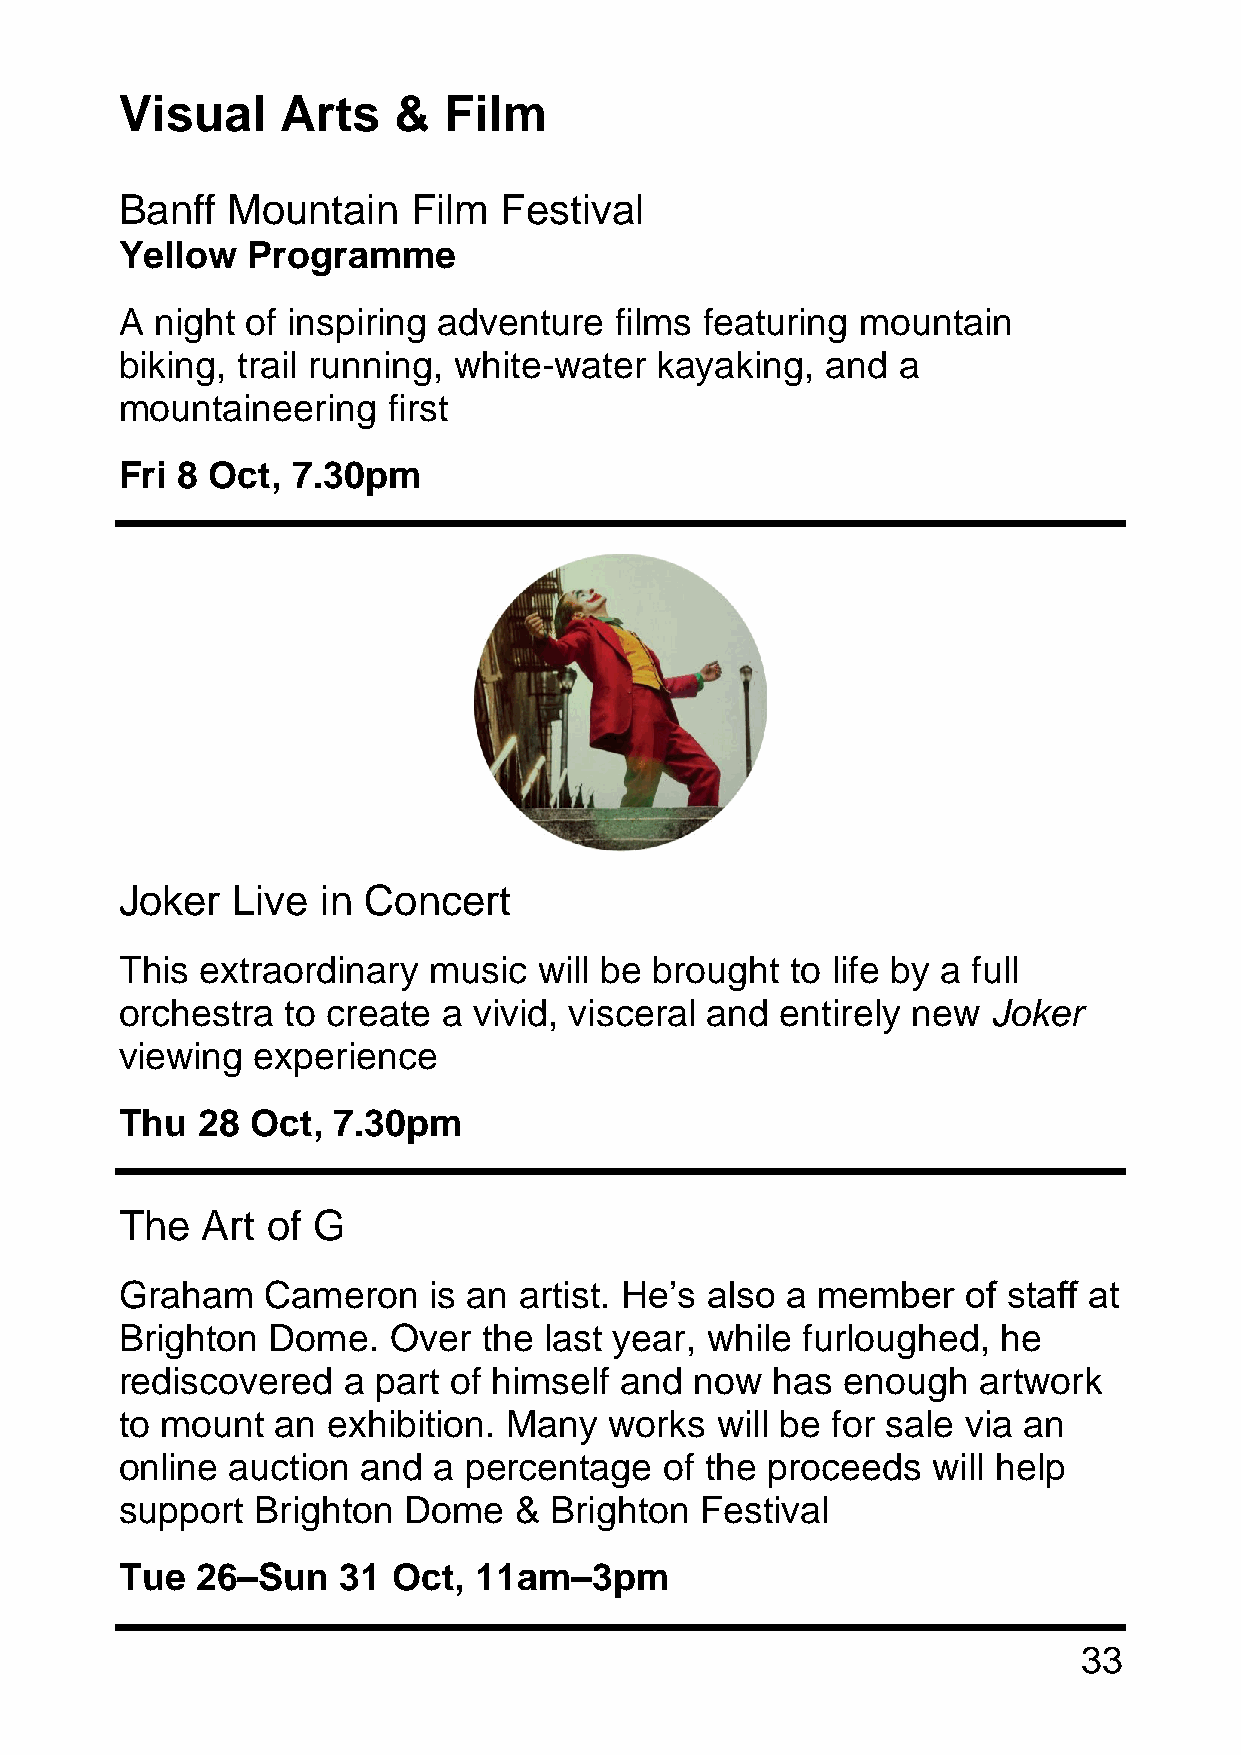
Visual     Arts   &  Film
 Banff  Mountain    Film  Festival
 Yellow  Programme
 A night of inspiring adventure   films featuring mountain
 biking, trail running, white-water kayaking,   and a
 mountaineering    first
 Fri 8 Oct, 7.30pm
 Joker  Live  in Concert
 This extraordinary  music   will be brought to life by a full
 orchestra  to create a vivid, visceral and  entirely new  Joker
 viewing  experience
 Thu  28  Oct, 7.30pm
 The  Art  of G
 Graham   Cameron    is an artist. He’s also a member    of staff at
 Brighton  Dome.   Over  the last year, while furloughed,  he
 rediscovered   a part of himself and  now  has  enough   artwork
 to mount  an  exhibition. Many  works  will be for sale via an
 online auction  and  a percentage   of the proceeds   will help
 support  Brighton  Dome   & Brighton  Festival
 Tue  26–Sun   31  Oct, 11am–3pm
 33